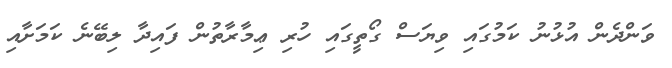
ވަންދެން އުޅުނު ކަމުގައި ވިޔަސް ގޯތީގައި ހުރި ޢިމާރާތުން ފައިދާ ލިބޭނެ ކަމަށާއި